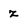
Character: z